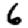
Digit: 6